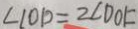
\angle C O D = 2 \angle D O F